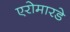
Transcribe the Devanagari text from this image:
एरोमारडे